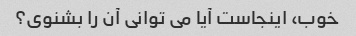
خوب، اینجاست آیا می توانی آن را بشنوی؟